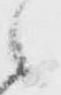
之